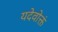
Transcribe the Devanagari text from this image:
यदेवोक्तं